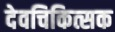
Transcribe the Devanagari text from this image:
देवचिकित्सक